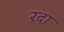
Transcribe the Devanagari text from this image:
रदा